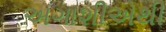
અગાશીએથી